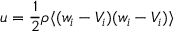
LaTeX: u = { \frac { 1 } { 2 } } \rho \langle ( w _ { i } - V _ { i } ) ( w _ { i } - V _ { i } ) \rangle